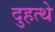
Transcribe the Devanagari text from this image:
दुहत्थे